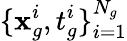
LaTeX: \{ \mathbf{x}_{g}^{i},t_{g}^{i}\} _{i=1}^{N_{g}}